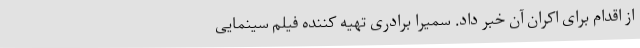
از اقدام برای اکران آن خبر داد. سمیرا برادری تهیه کننده فیلم سینمایی